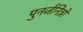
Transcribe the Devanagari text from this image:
पुनर्जनित्रों